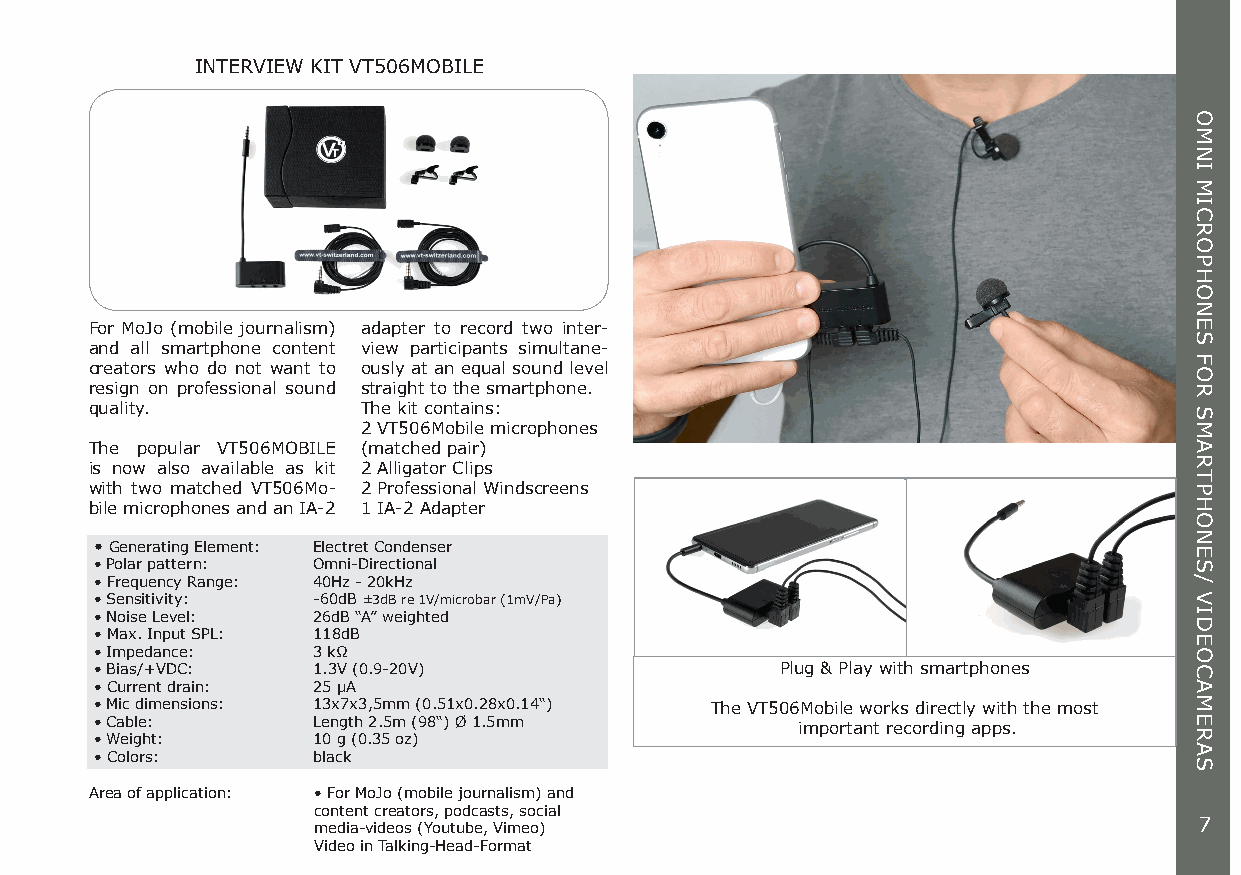
INTERVIEW KIT VT506MOBILE
 For MoJo (mobile journalism) adapter to record two inter-
 and all smartphone content view participants simultane-
 creators who do not want to ously at an equal sound level
 resign on professional sound straight to the smartphone.
 quality.          The kit contains:
 2 VT506Mobile microphones
 The popular VT506MOBILE (matched pair)
 is now also available as kit 2 Alligator Clips
 with two matched VT506Mo- 2 Professional Windscreens
 bile microphones and an IA-2 1 IA-2 Adapter
 • Generating Element: Electret Condenser
 • Polar pattern: Omni-Directional
 • Frequency Range: 40Hz - 20kHz
 • Sensitivity: -60dB ±3dB re 1V/microbar (1mV/Pa)
 • Noise Level: 26dB “A” weighted
 • Max. Input SPL: 118dB
 • Impedance:   3 kΩ
 • Bias/+VDC:   1.3V (0.9-20V)                 Plug & Play with smartphones
 • Current drain: 25 μA
 • Mic dimensions: 13x7x3,5mm (0.51x0.28x0.14“) The VT506Mobile works directly with the most
 • Cable:       Length 2.5m (98“) Ø 1.5mm       important recording apps.
 • Weight:      10 g (0.35 oz)
 • Colors:      black
 Area of application: • For MoJo (mobile journalism) and
 content creators, podcasts, social
 media-videos (Youtube, Vimeo)                             7
 Video in Talking-Head-Format
 OMNI
 MICROPHONES
 FOR
 SMARTPHONES/
 VIDEOCAMERAS